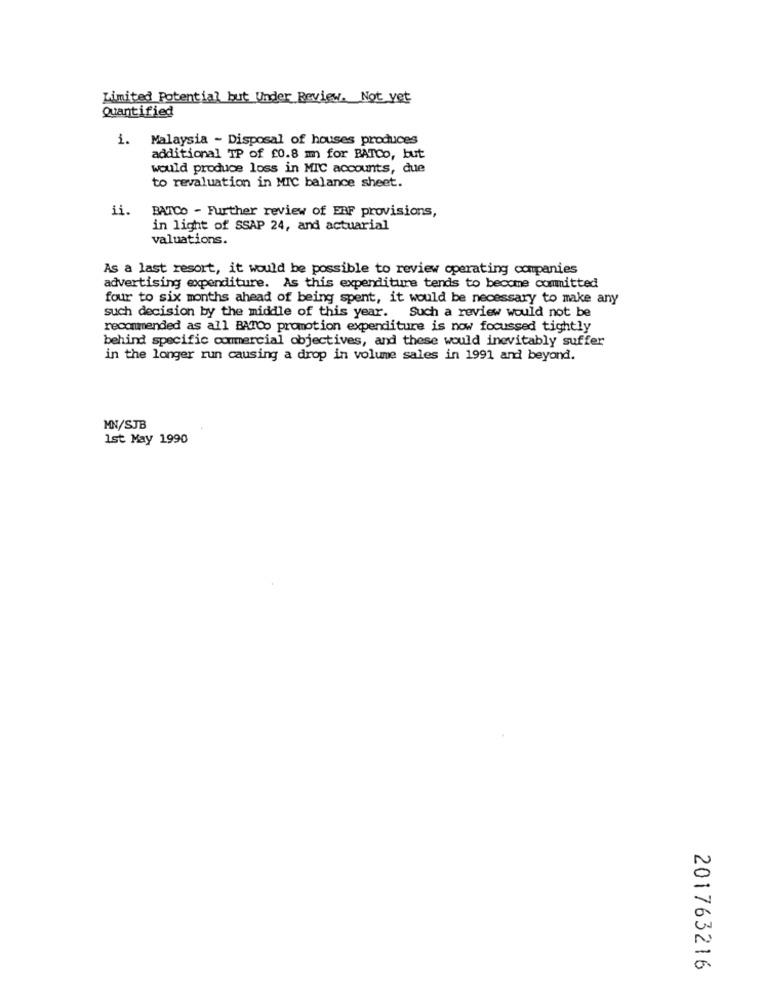
Limited Potential but Under Review. Not yet
Quantified
i. Malaysia - Disposal of houses produces
additional TP of £0.8 mm for BATCo, but
would produce loss in MIC accounts, due
to revaluation in MIC balance sheet.
ii.
BATCO - Further review of ERF provisions,
in light of SSAP 24, and actuarial
valuations.
As a last resort, it would be possible to review operating companies
advertising expenditure. As this expenditure tends to become committed
four to six months ahead of being spent, it would be necessary to make any
such decision by the middle of this year. Such a review would not be
recommended as all BATOo promotion expenditure is now focussed tightly
behind specific commercial objectives, and these would inevitably suffer
in the longer run causing a drop in volume sales in 1991 and beyond.
MN/SJB
1st May 1990
201763216